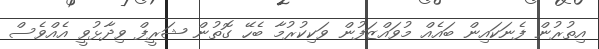
އިތުރުން ފެނަކައިން ބައެއް މުވައްޒަފުން ވަކިކުރުމާ ބެހޭ ގޮތުން ޝަރީފް ވިދާޅުވީ އެއްވެސް